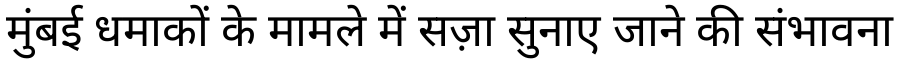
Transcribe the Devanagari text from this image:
मुंबई धमाकों के मामले में सज़ा सुनाए जाने की संभावना